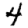
Digit: 4